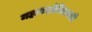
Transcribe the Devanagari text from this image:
महायशोविजयजी